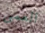
العمى